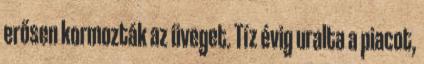
erősen kormozták az üveget. Tíz évig uralta a piacot,